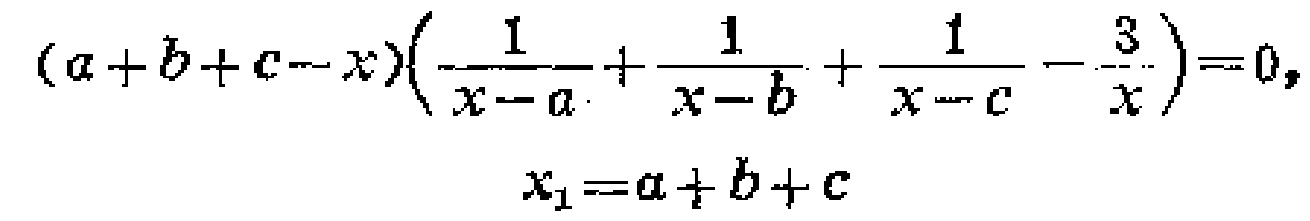
\((a + b + c - x)\left(\frac{1}{x - a}+\frac{1}{x - b}+\frac{1}{x - c}-\frac{3}{x}\right)=0,\)

\(x_{1}=a + b + c\)